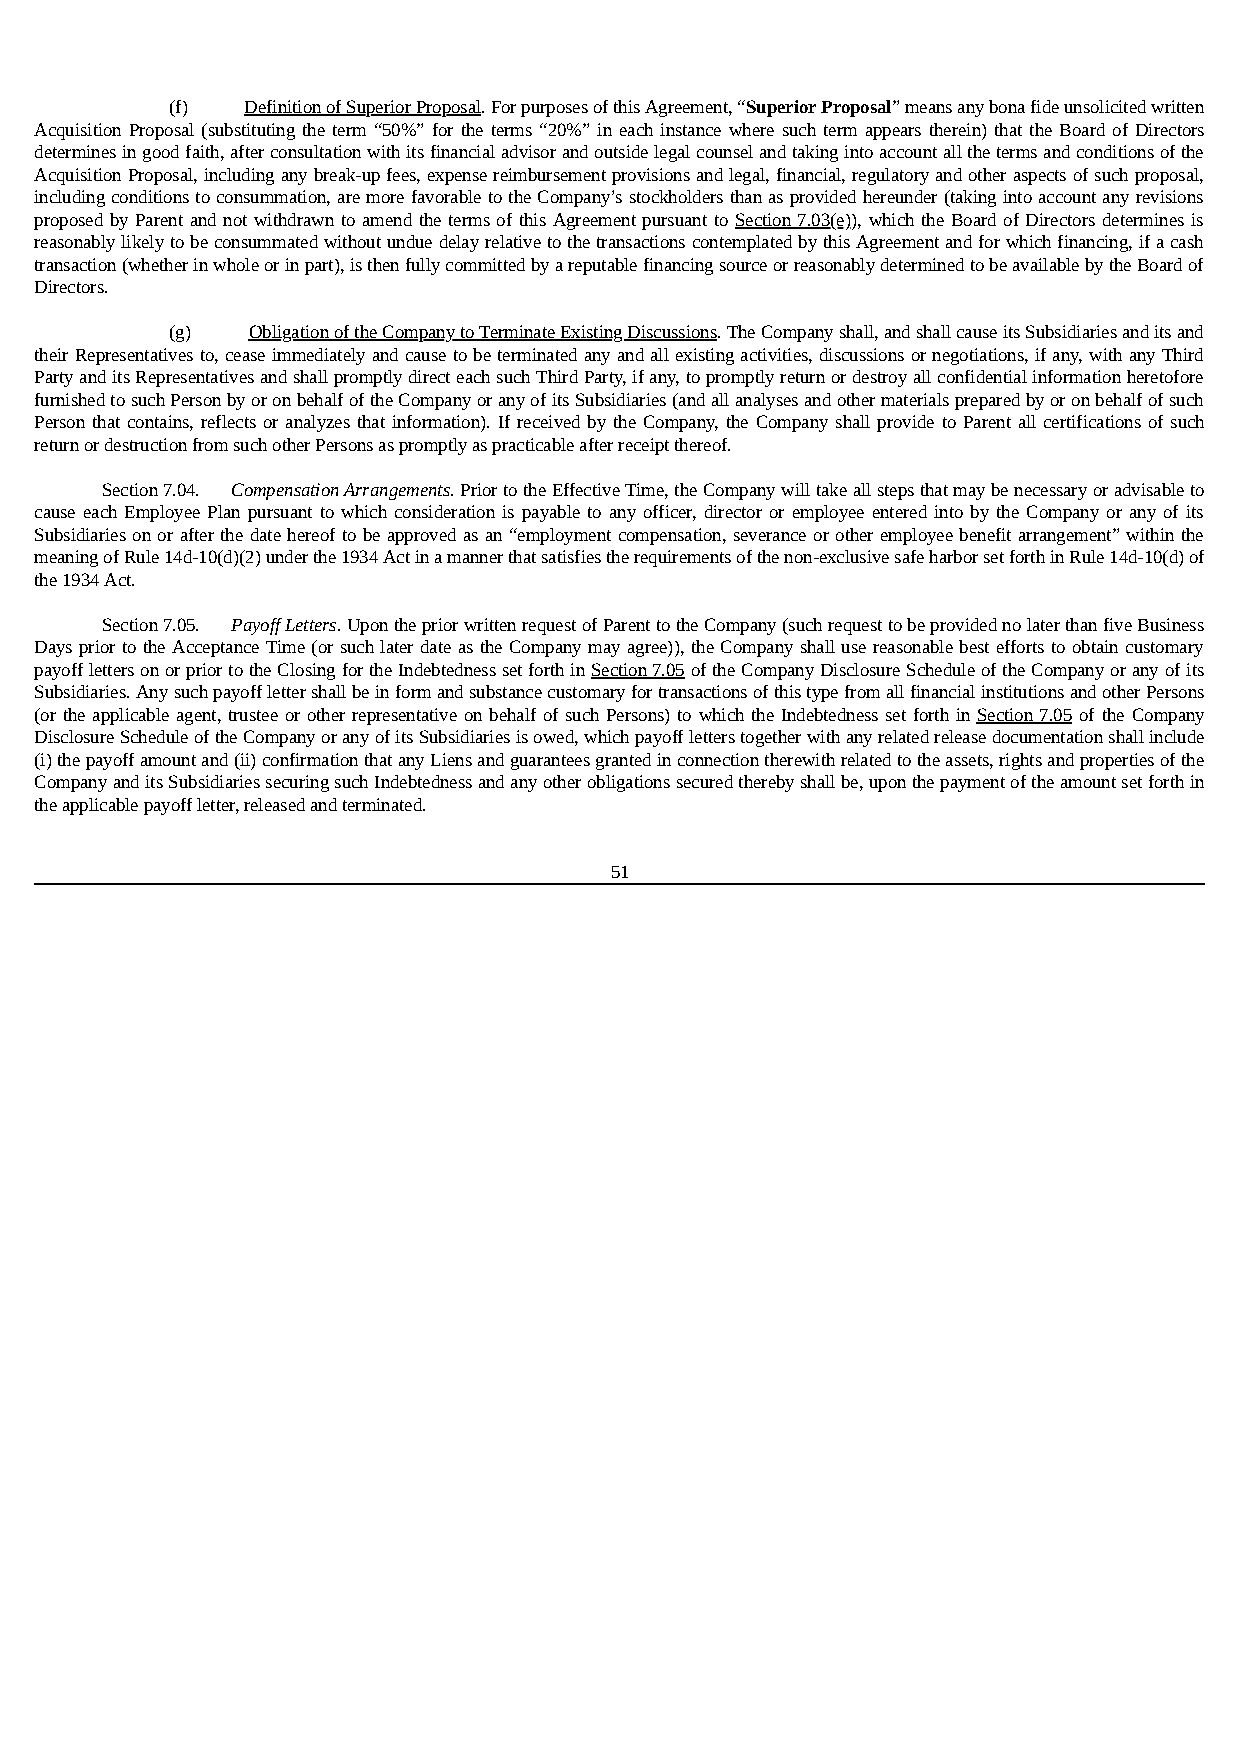
(f)  Definition of Superior Proposal. For purposes of this Agreement, “Superior Proposal” means any bona fide unsolicited written
 Acquisition Proposal (substituting the term “50%” for the terms “20%” in each instance where such term appears therein) that the Board of Directors
 determines in good faith, after consultation with its financial advisor and outside legal counsel and taking into account all the terms and conditions of the
 Acquisition Proposal, including any break-up fees, expense reimbursement provisions and legal, financial, regulatory and other aspects of such proposal,
 including conditions to consummation, are more favorable to the Company’s stockholders than as provided hereunder (taking into account any revisions
 proposed by Parent and not withdrawn to amend the terms of this Agreement pursuant to Section 7.03(e)), which the Board of Directors determines is
 reasonably likely to be consummated without undue delay relative to the transactions contemplated by this Agreement and for which financing, if a cash
 transaction (whether in whole or in part), is then fully committed by a reputable financing source or reasonably determined to be available by the Board of
 Directors.
 (g)  Obligation of the Company to Terminate Existing Discussions. The Company shall, and shall cause its Subsidiaries and its and
 their Representatives to, cease immediately and cause to be terminated any and all existing activities, discussions or negotiations, if any, with any Third
 Party and its Representatives and shall promptly direct each such Third Party, if any, to promptly return or destroy all confidential information heretofore
 furnished to such Person by or on behalf of the Company or any of its Subsidiaries (and all analyses and other materials prepared by or on behalf of such
 Person that contains, reflects or analyzes that information). If received by the Company, the Company shall provide to Parent all certifications of such
 return or destruction from such other Persons as promptly as practicable after receipt thereof.
 Section 7.04. Compensation Arrangements. Prior to the Effective Time, the Company will take all steps that may be necessary or advisable to
 cause each Employee Plan pursuant to which consideration is payable to any officer, director or employee entered into by the Company or any of its
 Subsidiaries on or after the date hereof to be approved as an “employment compensation, severance or other employee benefit arrangement” within the
 meaning of Rule 14d-10(d)(2) under the 1934 Act in a manner that satisfies the requirements of the non-exclusive safe harbor set forth in Rule 14d-10(d) of
 the 1934 Act.
 Section 7.05. Payoff Letters. Upon the prior written request of Parent to the Company (such request to be provided no later than five Business
 Days prior to the Acceptance Time (or such later date as the Company may agree)), the Company shall use reasonable best efforts to obtain customary
 payoff letters on or prior to the Closing for the Indebtedness set forth in Section 7.05 of the Company Disclosure Schedule of the Company or any of its
 Subsidiaries. Any such payoff letter shall be in form and substance customary for transactions of this type from all financial institutions and other Persons
 (or the applicable agent, trustee or other representative on behalf of such Persons) to which the Indebtedness set forth in Section 7.05 of the Company
 Disclosure Schedule of the Company or any of its Subsidiaries is owed, which payoff letters together with any related release documentation shall include
 (i) the payoff amount and (ii) confirmation that any Liens and guarantees granted in connection therewith related to the assets, rights and properties of the
 Company and its Subsidiaries securing such Indebtedness and any other obligations secured thereby shall be, upon the payment of the amount set forth in
 the applicable payoff letter, released and terminated.
 51